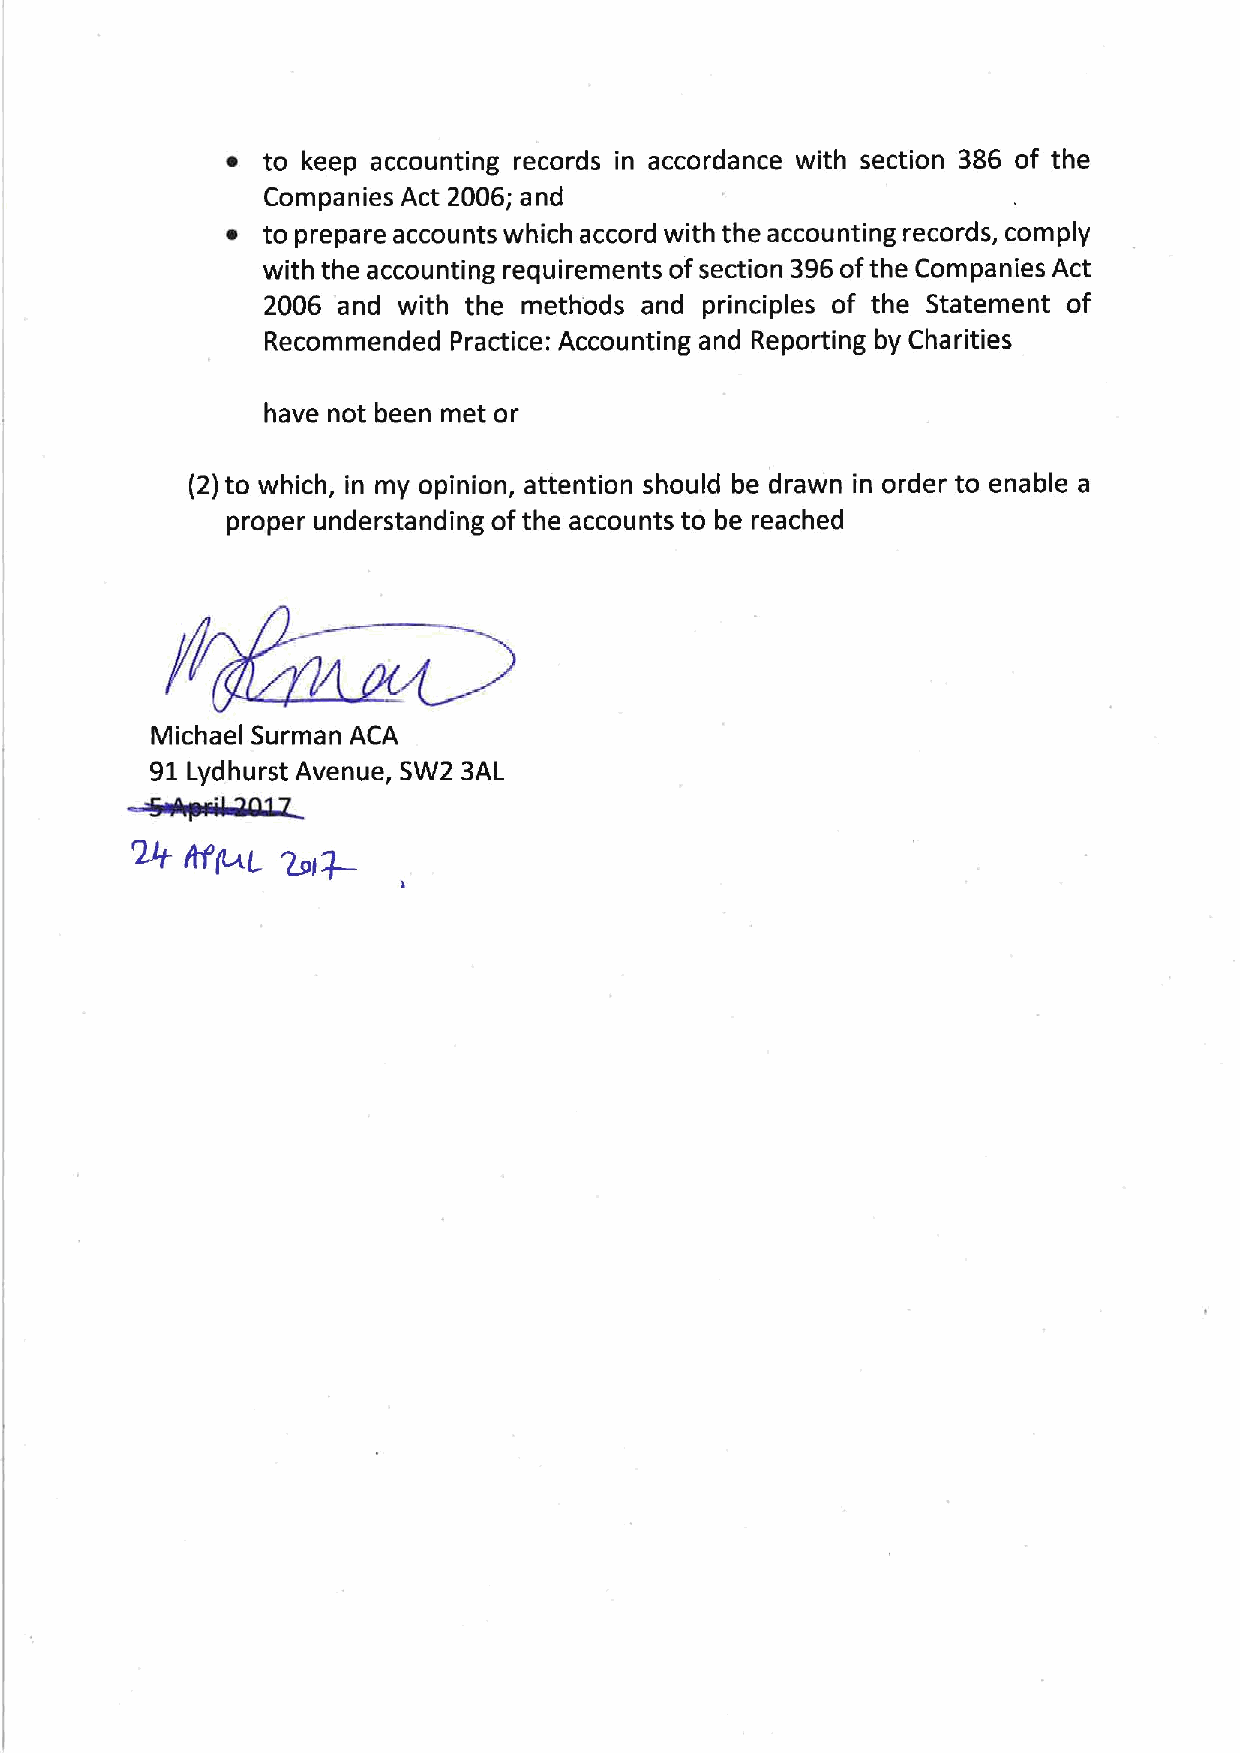
~ to keep accounting records in accordance with section 386 of the
 Companies Act 2006; and
 ~ to prepare accounts which accord with the accounting records, comply
 with the accounting requirements ofsection 396ofthe Companies Act
 2006 and with the methods and principles of the Statement of
 Recommended Practice: Accounting and Reporting by Charities
 have not been met or
 (2)to which, in my opinion, attention should be drawn in order to enable a
 proper understanding ofthe accounts to be reached
 Michael Surman ACA
 91 Lydhurst Avenue, SW2 3AL
 MApolksQQLZ
 &
 ~i~
 Rf(uL